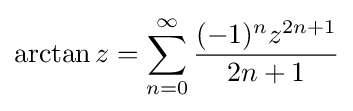
\arctan z=\sum _{n=0}^{\infty }{\frac {(-1)^{n}z^{2n+1}}{2n+1}}